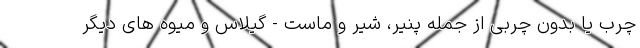
چرب یا بدون چربی از جمله پنیر، شیر و ماست - گیلاس و میوه های دیگر